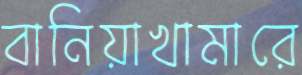
বানিয়াখামারে